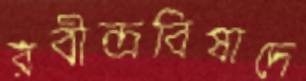
রবীন্দ্রবিষাদে